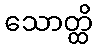
သောတ္ထိ